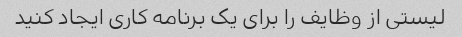
لیستی از وظایف را برای یک برنامه کاری ایجاد کنید